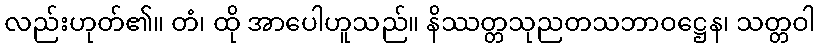
လည်းဟုတ်၏။ တံ၊ ထို အာပေါဟူသည်။ နိဿတ္တသုညတသဘာဝဋ္ဌေန၊ သတ္တဝါ